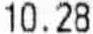
10.28